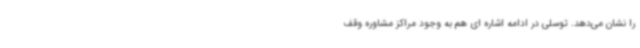
را نشان می‌دهد. توسلی در ادامه اشاره ای هم به وجود مراکز مشاوره وقف